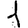
Digit: 1